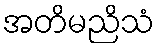
အတိမညိသံ